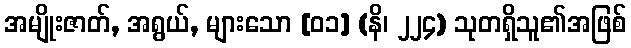
အမျိုးဇာတ်, အရွယ်, များသော [၀၁] (နိ၊ ၂၂၄) သုတရှိသူ၏အဖြစ်